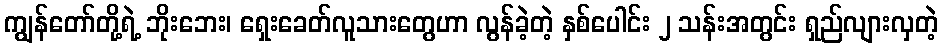
ကျွန်တော်တို့ရဲ့ ဘိုးဘေး၊ ရှေးခေတ်လူသားတွေဟာ လွန်ခဲ့တဲ့ နှစ်ပေါင်း ၂ သန်းအတွင်း ရှည်လျားလှတဲ့